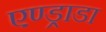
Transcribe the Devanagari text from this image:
एण्ड्राडा